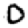
Digit: 0